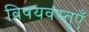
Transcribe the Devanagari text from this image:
विषयवस्तुएँ